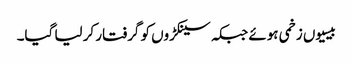
بیسیوں زخمی ہوئے جبکہ سینکڑوں کو گرفتار کر لیا گیا۔